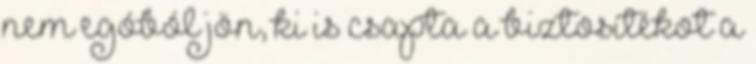
nem egóból jön, ki is csapta a biztosítékot a